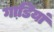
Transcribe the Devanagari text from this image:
गाडि़यां